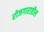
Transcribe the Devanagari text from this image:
रोजगारातील